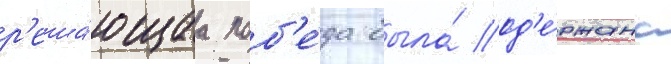
р'еша́ющаа поб'е́да была́ од'е́ржана